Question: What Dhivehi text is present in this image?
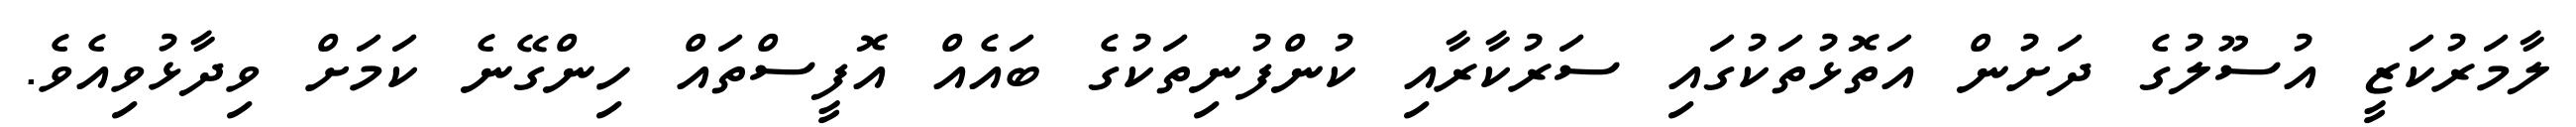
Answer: ލާމަރުކަޒީ އުސޫލުގެ ދަށުން އަތޮޅުތަކުގައި ސަރުކާރާއި ކުންފުނިތަކުގެ ބައެއް އޮފީސްތައް ހިންގޭނެ ކަމަށް ވިދާޅުވިއެވެ.